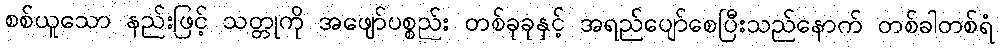
စစ်ယူသော နည်းဖြင့် သတ္တုကို အဖျော်ပစ္စည်း တစ်ခုခုနှင့် အရည်ပျော်စေပြီးသည်နောက် တစ်ခါတစ်ရံ